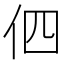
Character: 伵